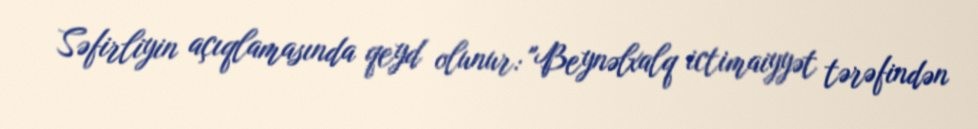
Səfirliyin açıqlamasında qeyd olunur: "Beynəlxalq ictimaiyyət tərəfindən